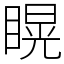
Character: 䁜